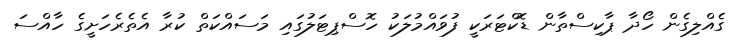
ގެއްލިގެން ހޯދާ ޕާކިސްތާން ޑޮކްޓަރަކީ ފުވައްމުލަކު ހޮސްޕިޓަލުގައި މަސައްކަތް ކުރާ އެތެރެހަށީގެ ހާއްސަ